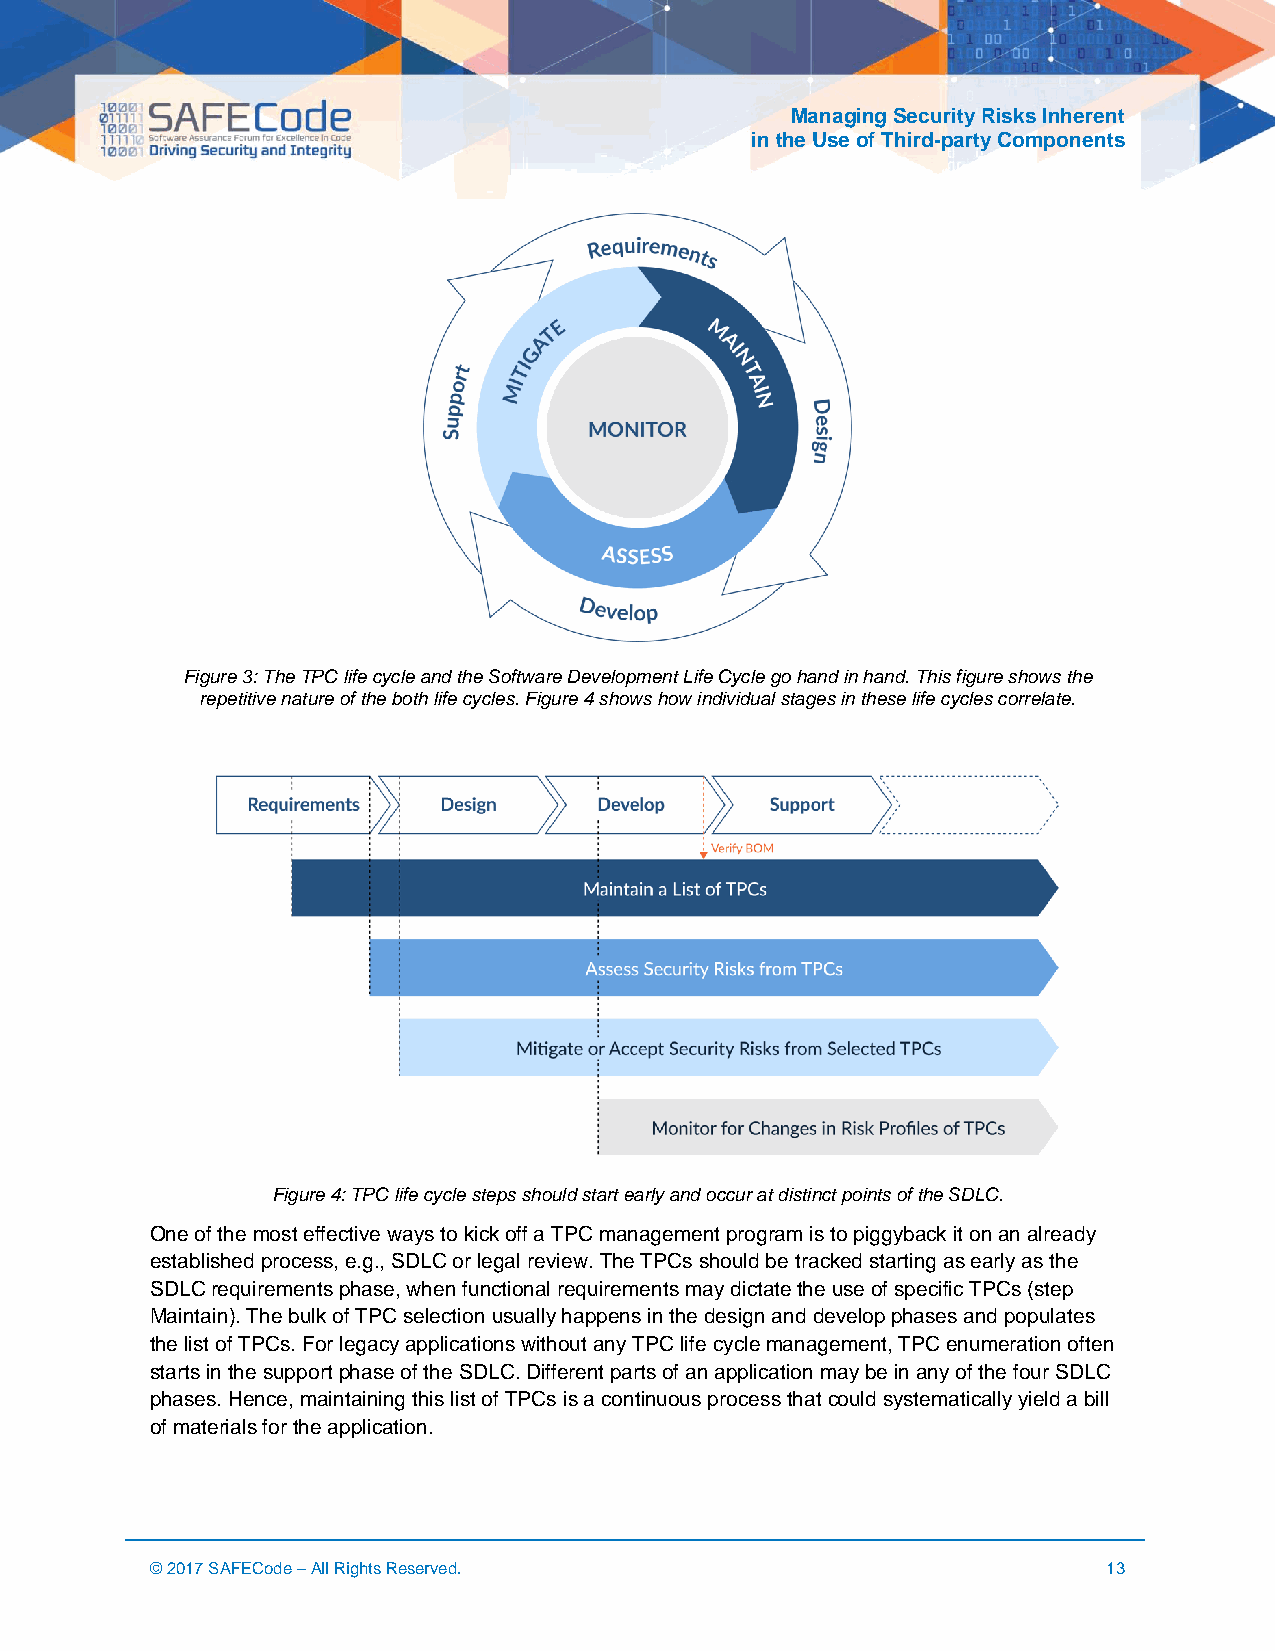
Managing Security Risks Inherent
 in the Use of Third-party Components
 Figure 3: The TPC life cycle and the Software Development Life Cycle go hand in hand. This figure shows the
 repetitive nature of the both life cycles. Figure 4 shows how individual stages in these life cycles correlate.
 Figure 4: TPC life cycle steps should start early and occur at distinct points of the SDLC.
 One of the most effective ways to kick off a TPC management program is to piggyback it on an already
 established process, e.g., SDLC or legal review. The TPCs should be tracked starting as early as the
 SDLC requirements phase, when functional requirements may dictate the use of specific TPCs (step
 Maintain). The bulk of TPC selection usually happens in the design and develop phases and populates
 the list of TPCs. For legacy applications without any TPC life cycle management, TPC enumeration often
 starts in the support phase of the SDLC. Different parts of an application may be in any of the four SDLC
 phases. Hence, maintaining this list of TPCs is a continuous process that could systematically yield a bill
 of materials for the application.
 © 2017 SAFECode – All Rights Reserved.                         13